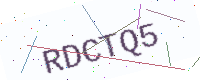
Text: RDCTQ5